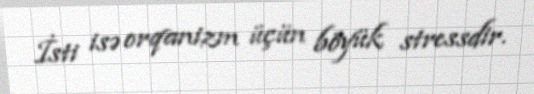
İsti isə orqanizm üçün böyük stressdir.